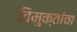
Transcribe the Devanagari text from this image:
विमुक्तांचा